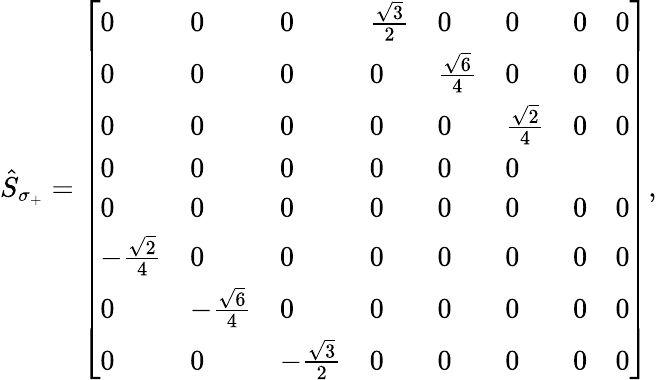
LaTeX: \begin{array}{r}{\hat{S}_{\sigma_{+}}=\left[\begin{array}{llllllll}{0}&{0}&{0}&{\frac{\sqrt{3}}{2}}&{0}&{0}&{0}&{0}\\ {0}&{0}&{0}&{0}&{\frac{\sqrt{6}}{4}}&{0}&{0}&{0}\\ {0}&{0}&{0}&{0}&{0}&{\frac{\sqrt{2}}{4}}&{0}&{0}\\ {0}&{0}&{0}&{0}&{0}&{0}\\ {0}&{0}&{0}&{0}&{0}&{0}&{0}&{0}\\ {-\frac{\sqrt{2}}{4}}&{0}&{0}&{0}&{0}&{0}&{0}&{0}\\ {0}&{-\frac{\sqrt{6}}{4}}&{0}&{0}&{0}&{0}&{0}&{0}\\ {0}&{0}&{-\frac{\sqrt{3}}{2}}&{0}&{0}&{0}&{0}&{0}\end{array}\right],}\end{array}